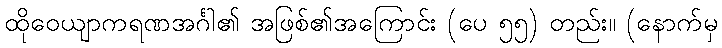
ထိုဝေယျာကရဏအင်္ဂါ၏ အဖြစ်၏အကြောင်း (ပေ ၅၅) တည်း။ (နောက်မှ